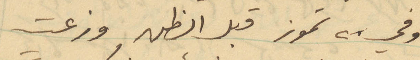
وفي ٢٨ تموز قبل الظهر وزعت